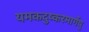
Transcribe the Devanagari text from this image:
यमकदुष्करमार्गेषु